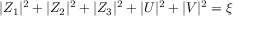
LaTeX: | Z _ { 1 } | ^ { 2 } + | Z _ { 2 } | ^ { 2 } + | Z _ { 3 } | ^ { 2 } + | U | ^ { 2 } + | V | ^ { 2 } = \xi